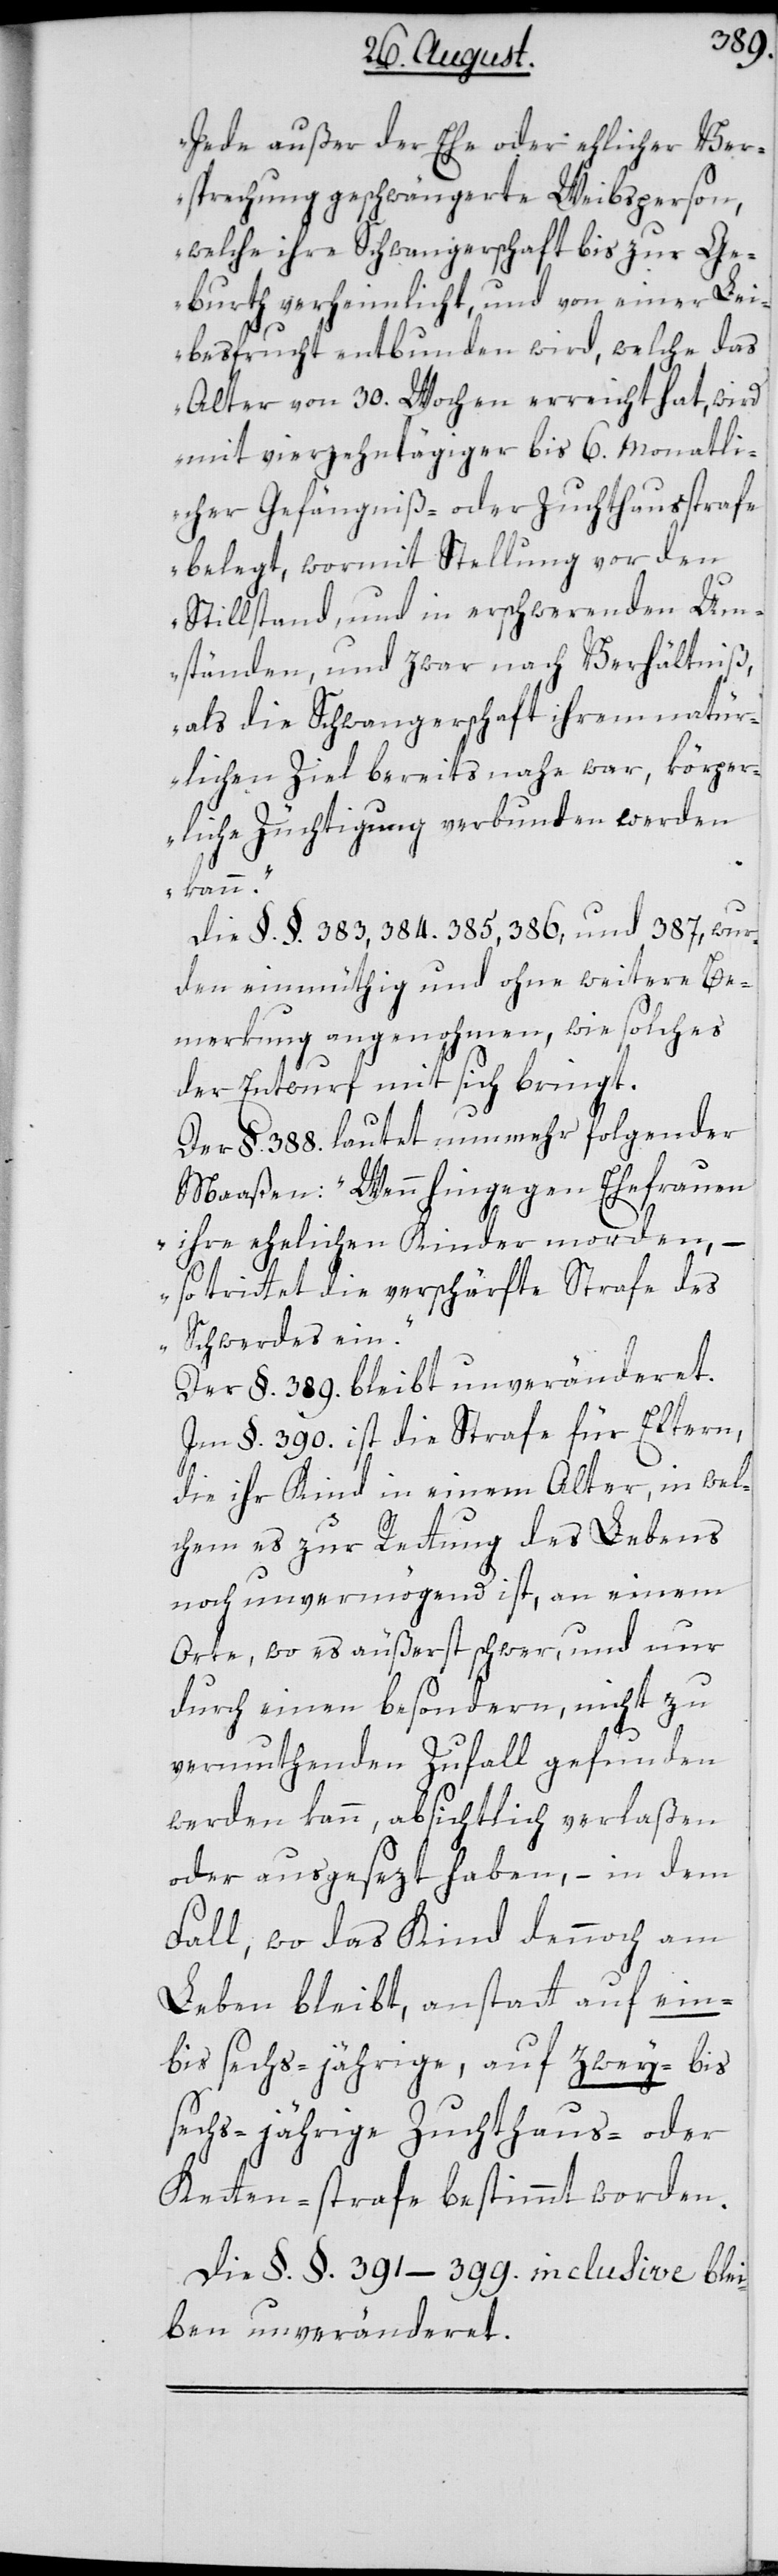
„Jede außer der Ehe oder ehlicher Ver¬
sprechung geschwängerte Weibsperson,
welche ihre Schwangerschaft bis zur Ge¬
burth verheimlicht, und von einer Lei¬
besfrucht entbunden wird, welche das
Alter von 30. Wochen erreicht hat, wird
mit vierzehntägiger bis 6. monatli¬
cher Gefängniß- oder Zuchthausstrafe
belegt, wormit Stellung vor den
Stillstand und in erschwerenden Um¬
ständen, und zwar nach Verhältniß,
als die Schwangerschaft ihrem natür¬
lichen Ziel bereits nahe war, körper¬
liche Züchtigung verbunden werden
kann.“
Die §.§. 383, 384. 385, 386, und 387, wur¬
den einmüthig und ohne weitere Be¬
merkung angenohmen, wie solches
der Entwurf mit sich bringt.
Der §. 388. lautet nunmehr folgender
Maaßen: „Wenn hingegen Ehefrauen
ihre ehelichen Kinder morden, –
so trittet die verschärfte Strafe des
Schwerdes ein.“
Der §. 389. bleibt unveränderet.
Im §. 390. ist die Strafe für Eltern,
die ihr Kind in einem Alter, in wel¬
chem es zur Rettung des Lebens
noch unvermögend ist, an einem
Orte, wo es äußerst schwer, und nur
durch einen besondern, nicht zu
vermuthenden Zufall gefunden
werden kann, absichtlich verlaßen
oder ausgesezt haben, – in dem
Fall, wo das Kind dennoch am
Leben bleibt, anstatt auf ein-
bis sechs-jährige, auf zwey- bis
sechsjährige Zuchthaus- oder
Ketten-strafe bestimmt worden.
Die §.§. 391–399. inclusive blei¬
ben unveränderet.